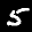
Label: 5